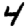
Digit: 4